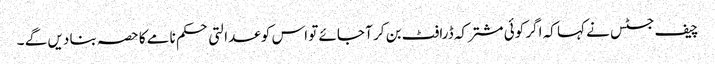
چیف جسٹس نے کہا کہ اگر کوئی مشترکہ ڈرافٹ بن کر آ جائے تو اس کو عدالتی حکم نامے کا حصہ بنا دیں گے ۔